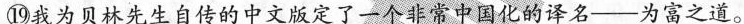
⑲我为贝林先生自传的中文版定了一个非常中国化的译名--为富之道。